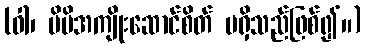
(ဝါ၊ မိမိအကျိုးဆောင်စိတ် မရှိသည်ဖြစ်၍။)